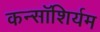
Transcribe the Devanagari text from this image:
कन्सॉशिर्यम